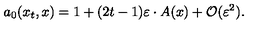
a _ { 0 } ( x _ { t } , x ) = 1 + ( 2 t - 1 ) \varepsilon \cdot A ( x ) + { \cal O } ( \varepsilon ^ { 2 } ) .